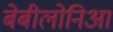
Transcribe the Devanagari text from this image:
बेबीलोनिआ